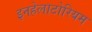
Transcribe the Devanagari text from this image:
इनहेलाटोरियम